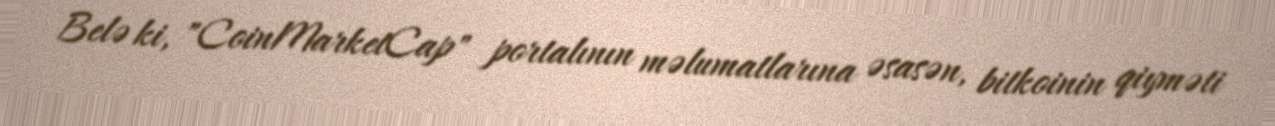
Belə ki, "CoinMarketCap" portalının məlumatlarına əsasən, bitkoinin qiyməti